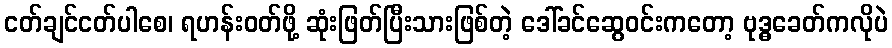
ငတ်ချင်ငတ်ပါစေ၊ ရဟန်းဝတ်ဖို့ ဆုံးဖြတ်ပြီးသားဖြစ်တဲ့ ဒေါ်ခင်ဆွေဝင်းကတော့ ဗုဒ္ဓခေတ်ကလိုပဲ